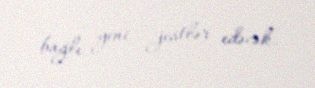
bağlı yeni jestlər edəcək.